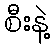
စီးနဲ့